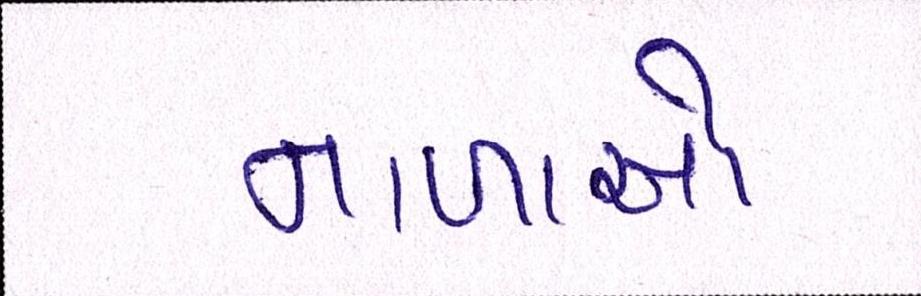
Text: નાળાઓ